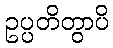
ဥပ္ပတိတွာပိ